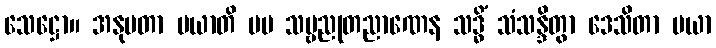
သေဋ္ဌော။ အနုမတာ မယာတိ မမ သဗ္ဗညုတညာဏေန သဒ္ဓိံ သံသန္ဒိတွာ ဒေသိတာ မယာ